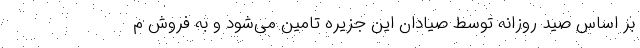
بر اساس صید روزانه توسط صیادان این جزیره تامین می‌شود و به فروش م